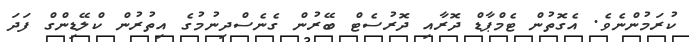
ކުރަމުންނެވެ. އެގޮތުން ޓެމްޕާޑް ދޮރާއި ދޮރުސެޓް ބޭރުން ގެނެސްދިނުމުގެ އިތުރުން ކްލޭޑިންގް ފަދަ